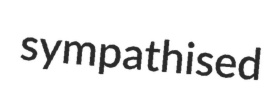
sympathised